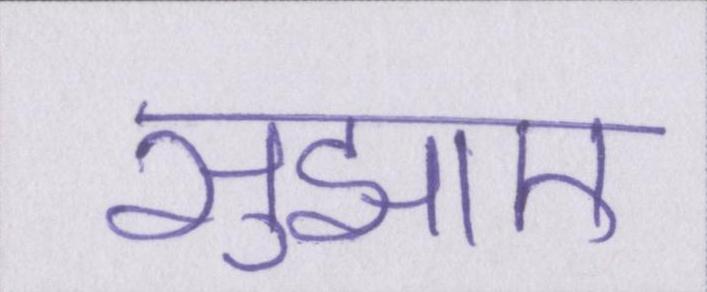
सुझाए